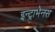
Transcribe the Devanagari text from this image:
इन्ट्राभेनस